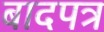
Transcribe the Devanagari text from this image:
बादपत्र